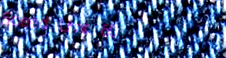
Speed Limit 60